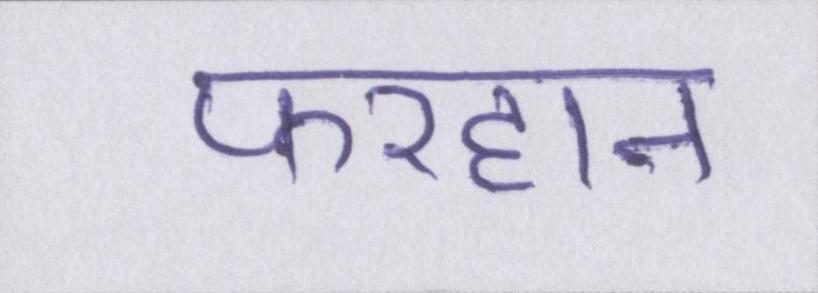
फरहान